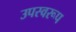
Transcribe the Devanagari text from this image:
उपस्वरूप